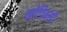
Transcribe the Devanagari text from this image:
खोपिवली